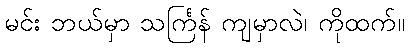
မင်း ဘယ်မှာ သင်္ကြန် ကျမှာလဲ၊ ကိုထက်။